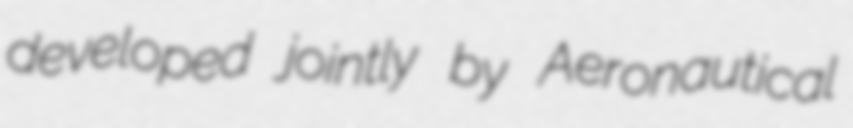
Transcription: developed jointly by Aeronautical